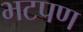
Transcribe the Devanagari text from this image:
भटपण